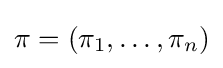
\pi =(\pi _{1},\ldots ,\pi _{n})